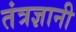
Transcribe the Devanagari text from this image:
तंत्रज्ञानी